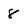
Character: 8